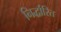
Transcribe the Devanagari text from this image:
निर्द्धारित